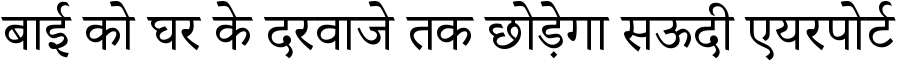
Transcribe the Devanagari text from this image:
बाई को घर के दरवाजे तक छोड़ेगा सऊदी एयरपोर्ट